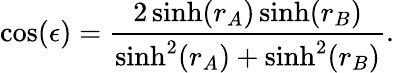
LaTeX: \cos(\epsilon)=\frac{2\sinh(r_{A})\sinh(r_{B})}{\sinh^{2}(r_{A})+\sinh^{2}(r_{B})}.